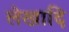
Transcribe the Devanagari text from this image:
लेखादि